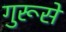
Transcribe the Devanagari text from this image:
गुरूसे